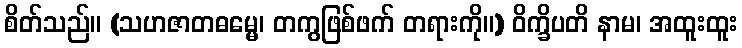
စိတ်သည်။ (သဟဇာတဓမ္မေ၊ တကွဖြစ်ဖက် တရားကို။) ဝိက္ခိပတိ နာမ၊ အထူးထူး